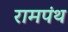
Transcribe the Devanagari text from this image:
रामपंथ